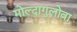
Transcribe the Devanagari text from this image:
मोल्दागुलोवा